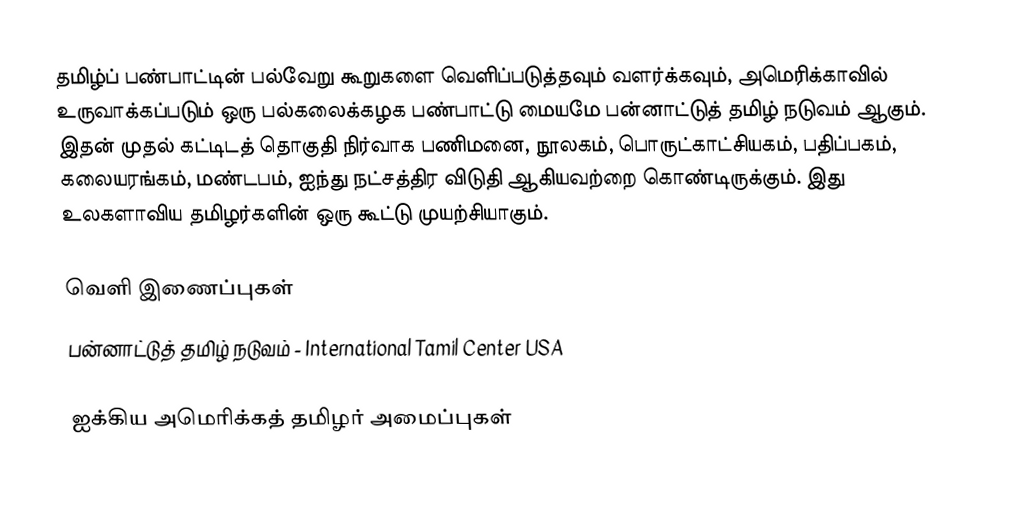
தமிழ்ப் பண்பாட்டின் பல்வேறு கூறுகளை வெளிப்படுத்தவும் வளர்க்கவும்,  அமெரிக்காவில் உருவாக்கப்படும் ஒரு பல்கலைக்கழக பண்பாட்டு மையமே பன்னாட்டுத் தமிழ் நடுவம் ஆகும்.  இதன் முதல் கட்டிடத் தொகுதி நிர்வாக பணிமனை, நூலகம், பொருட்காட்சியகம், பதிப்பகம், கலையரங்கம், மண்டபம், ஐந்து நட்சத்திர விடுதி ஆகியவற்றை கொண்டிருக்கும். இது உலகளாவிய தமிழர்களின் ஒரு கூட்டு முயற்சியாகும்.

வெளி இணைப்புகள்
 பன்னாட்டுத் தமிழ் நடுவம் - International Tamil Center USA

ஐக்கிய அமெரிக்கத் தமிழர் அமைப்புகள்